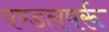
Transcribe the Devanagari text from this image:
पण्डलपर्रू